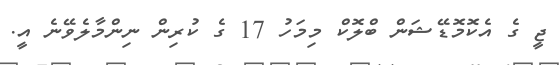
ޖީ ގެ އެކޮމޮޑޭޝަން ބްލޮކް މިމަހު 17 ގެ ކުރިން ނިންމާލެވޭނެ އީ.